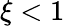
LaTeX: \xi<1